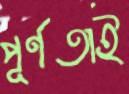
পূর্ণতাই